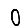
Digit: 0